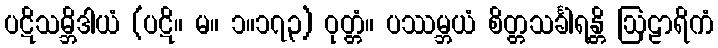
ပဋိသမ္ဘိဒါယံ (ပဋိ။ မ။ ၁။၁၇၃) ဝုတ္တံ။ ပဿမ္ဘယံ စိတ္တသင်္ခါရန္တိ ဩဠာရိကံ